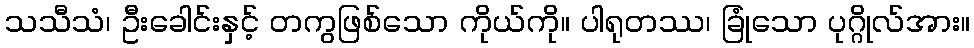
သသီသံ၊ ဦးခေါင်းနှင့် တကွဖြစ်သော ကိုယ်ကို။ ပါရုတဿ၊ ခြုံသော ပုဂ္ဂိုလ်အား။